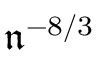
\mathfrak { n } ^ { - 8 / 3 }